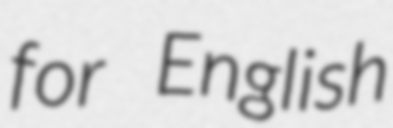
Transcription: for English